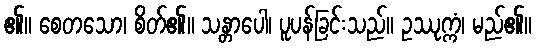
၏။ စေတသော၊ စိတ်၏။ သန္တာပေါ၊ ပူပန်ခြင်းသည်။ ဥဿုက္ကံ၊ မည်၏။